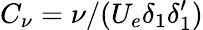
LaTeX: C_{\nu}=\nu/(U_{e}\delta_{1}\delta_{1}^{\prime})